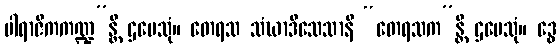
ပါရာဇိကကဏ္ဍ”န္တိ ဌပေသုံ။ တေရသ သံဃာဒိသေသာနိ “တေရသက”န္တိ ဌပေသုံ။ ဒွေ